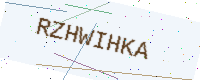
Text: RZHWIHKA